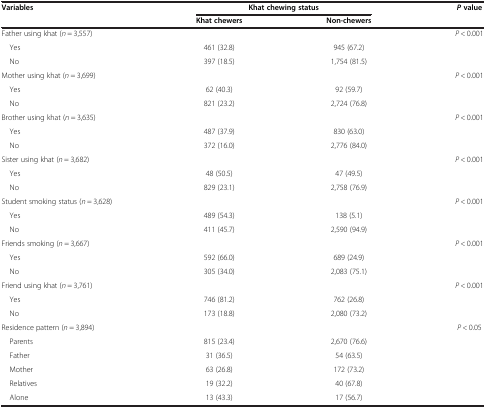
<table><thead><tr><td rowspan="2"><b>Variables</b></td><td colspan="2"><b>Khat chewing status</b></td><td rowspan="2"><b><i>P </i>value</b></td></tr><tr><td><b>Khat chewers</b></td><td><b>Non-chewers</b></td></tr></thead><tbody><tr><td>Father using khat (<i>n</i> = 3,557)</td><td> </td><td> </td><td rowspan="3"><i>P</i> &lt; 0.001</td></tr><tr><td> Yes</td><td>461 (32.8)</td><td>945 (67.2)</td></tr><tr><td> No</td><td>397 (18.5)</td><td>1,754 (81.5)</td></tr><tr><td>Mother using khat (<i>n</i> = 3,699)</td><td> </td><td> </td><td rowspan="3"><i>P</i> &lt; 0.001</td></tr><tr><td> Yes</td><td>62 (40.3)</td><td>92 (59.7)</td></tr><tr><td> No</td><td>821 (23.2)</td><td>2,724 (76.8)</td></tr><tr><td>Brother using khat (<i>n</i> = 3,635)</td><td> </td><td> </td><td rowspan="3"><i>P</i> &lt; 0.001</td></tr><tr><td> Yes</td><td>487 (37.9)</td><td>830 (63.0)</td></tr><tr><td> No</td><td>372 (16.0)</td><td>2,776 (84.0)</td></tr><tr><td>Sister using khat (<i>n</i> = 3,682)</td><td> </td><td> </td><td rowspan="3"><i>P</i> &lt; 0.001</td></tr><tr><td> Yes</td><td>48 (50.5)</td><td>47 (49.5)</td></tr><tr><td> No</td><td>829 (23.1)</td><td>2,758 (76.9)</td></tr><tr><td>Student smoking status (<i>n</i> = 3,628)</td><td> </td><td> </td><td rowspan="3"><i>P</i> &lt; 0.001</td></tr><tr><td> Yes</td><td>489 (54.3)</td><td>138 (5.1)</td></tr><tr><td> No</td><td>411 (45.7)</td><td>2,590 (94.9)</td></tr><tr><td>Friends smoking (<i>n</i> = 3,667)</td><td> </td><td> </td><td rowspan="3"><i>P</i> &lt; 0.001</td></tr><tr><td> Yes</td><td>592 (66.0)</td><td>689 (24.9)</td></tr><tr><td> No</td><td>305 (34.0)</td><td>2,083 (75.1)</td></tr><tr><td>Friend using khat (<i>n</i> = 3,761)</td><td> </td><td> </td><td rowspan="3"><i>P</i> &lt; 0.001</td></tr><tr><td> Yes</td><td>746 (81.2)</td><td>762 (26.8)</td></tr><tr><td> No</td><td>173 (18.8)</td><td>2,080 (73.2)</td></tr><tr><td>Residence pattern (<i>n</i> = 3,894)</td><td> </td><td> </td><td rowspan="6"><i>P</i> &lt; 0.05</td></tr><tr><td> Parents</td><td>815 (23.4)</td><td>2,670 (76.6)</td></tr><tr><td> Father</td><td>31 (36.5)</td><td>54 (63.5)</td></tr><tr><td> Mother</td><td>63 (26.8)</td><td>172 (73.2)</td></tr><tr><td> Relatives</td><td>19 (32.2)</td><td>40 (67.8)</td></tr><tr><td> Alone</td><td>13 (43.3)</td><td>17 (56.7)</td></tr></tbody></table>